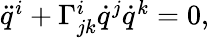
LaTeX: \begin{array}{r}{\ddot{q}^{i}+\Gamma_{jk}^{i}\dot{q}^{j}\dot{q}^{k}=0,}\end{array}